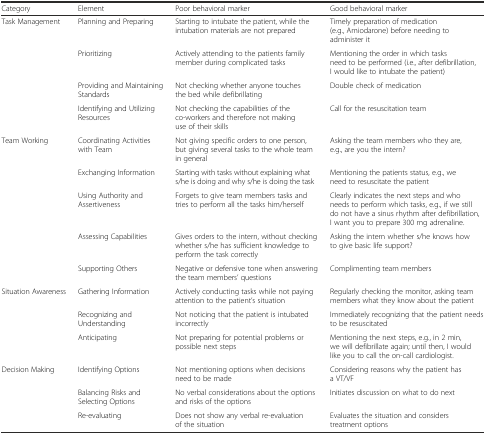
| Category | Element | Poor behavioral marker | Good behavioral marker |
 | --- | --- | --- | --- |
 | <ROWSPAN=4> Task Management | Planning and Preparing | Starting to intubate the patient, while the intubation materials are not prepared | Timely preparation of medication (e.g., Amiodarone) before needing to administer it |
 | Prioritizing | Actively attending to the patients family member during complicated tasks | Mentioning the order in which tasks need to be performed (i.e., after defibrillation, I would like to intubate the patient) |
 | Providing and Maintaining Standards | Not checking whether anyone touches the bed while defibrillating | Double check of medication |
 | Identifying and Utilizing Resources | Not checking the capabilities of the co-workers and therefore not making use of their skills | Call for the resuscitation team |
 | <ROWSPAN=5> Team Working | Coordinating Activities with Team | Not giving specific orders to one person, but giving several tasks to the whole team in general | Asking the team members who they are, e.g., are you the intern? |
 | Exchanging Information | Starting with tasks without explaining what s/he is doing and why s/he is doing the task | Mentioning the patients status, e.g., we need to resuscitate the patient |
 | Using Authority and Assertiveness | Forgets to give team members tasks and tries to perform all the tasks him/herself | Clearly indicates the next steps and who needs to perform which tasks, e.g., if we still do not have a sinus rhythm after defibrillation, I want you to prepare 300 mg adrenaline. |
 | Assessing Capabilities | Gives orders to the intern, without checking whether s/he has sufficient knowledge to perform the task correctly | Asking the intern whether s/he knows how to give basic life support? |
 | Supporting Others | Negative or defensive tone when answering the team members’ questions | Complimenting team members |
 | <ROWSPAN=3> Situation Awareness | Gathering Information | Actively conducting tasks while not paying attention to the patient’s situation | Regularly checking the monitor, asking team members what they know about the patient |
 | Recognizing and Understanding | Not noticing that the patient is intubated incorrectly | Immediately recognizing that the patient needs to be resuscitated |
 | Anticipating | Not preparing for potential problems or possible next steps | Mentioning the next steps, e.g., in 2 min, we will defibrillate again; until then, I would like you to call the on-call cardiologist. |
 | <ROWSPAN=3> Decision Making | Identifying Options | Not mentioning options when decisions need to be made | Considering reasons why the patient has a VT/VF |
 | Balancing Risks and Selecting Options | No verbal considerations about the options and risks of the options | Initiates discussion on what to do next |
 | Re-evaluating | Does not show any verbal re-evaluation of the situation | Evaluates the situation and considers treatment options |